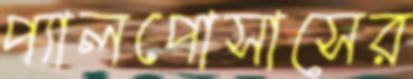
প্যালপোসাসের